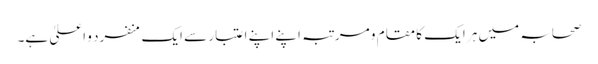
صحابہ میں ہر ایک کا مقام و مرتبہ اپنے اپنے اعتبار سے ایک منفرد و اعلیٰ ہے۔